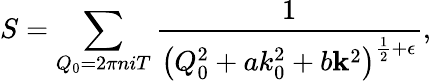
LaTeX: S=\sum_{Q_{0}=2\pi niT}\frac{1}{\left(Q_{0}^{2}+ak_{0}^{2}+b{\mathbf k}^{2}\right)^{\frac 12+\epsilon}},